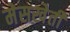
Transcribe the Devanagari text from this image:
मेसख़ेती